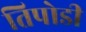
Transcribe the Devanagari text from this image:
तिपोडी